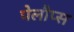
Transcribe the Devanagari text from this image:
पेलौप्स